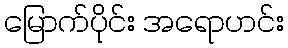
မြောက်ပိုင်း အရောဟင်း